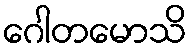
ဂေါတမောသိ